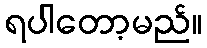
ရပါတော့မည်။